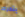
يتحرك